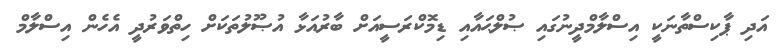
އަދި ޕާކިސްތާނަކީ އިސްލާމްދީނުގައި ޞުލްޙައާއި ޑިމޮކްރަސީއަށް ބާރުއަޅާ އުޞޫލުތަކަށް ހިތްވަރުދީ އެހެން އިސްލާމް